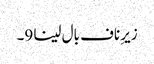
زیرِ ناف بال لینا 9۔